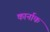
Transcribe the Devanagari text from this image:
कार्नाक